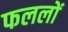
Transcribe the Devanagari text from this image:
फललों